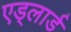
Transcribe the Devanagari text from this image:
एड्लार्ड